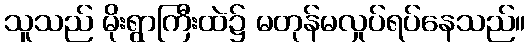
သူသည် မိုးရွာကြီးထဲ၌ မတုန်မလှုပ်ရပ်နေသည်။